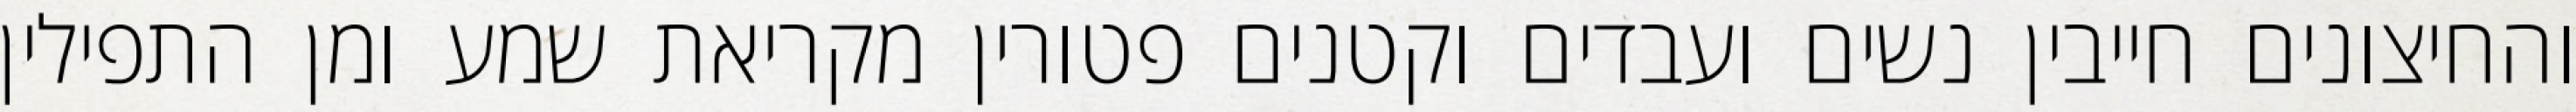
והחיצונים חייבין נשים ועבדים וקטנים פטורין מקריאת שמע ומן התפילין